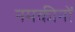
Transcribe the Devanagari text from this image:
नमकीनों